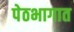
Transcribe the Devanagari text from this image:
पेठभागात